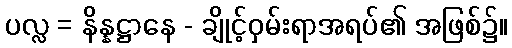
ပလ္လ = နိန္နဋ္ဌာနေ - ချိုင့်ဝှမ်းရာအရပ်၏ အဖြစ်၌။